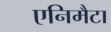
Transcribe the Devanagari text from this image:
एनिमैटा